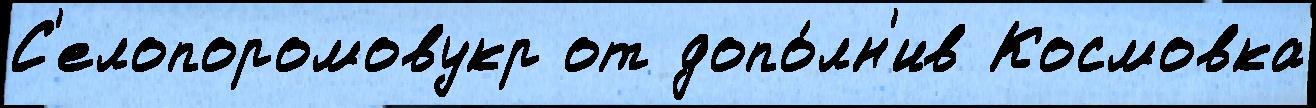
С'елопоромовукр от допо́лн'ив Космовка